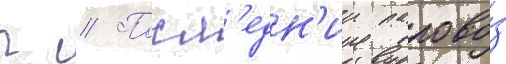
г // Посл'едн'ии парово́з